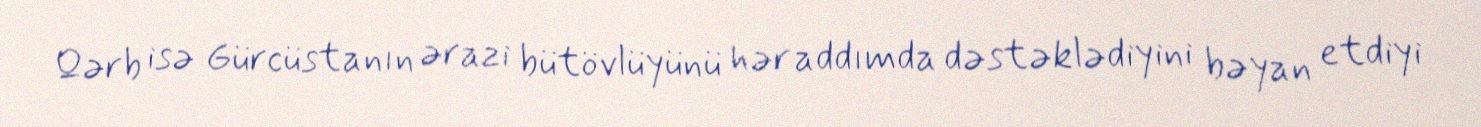
Qərb isə Gürcüstanın ərazi bütövlüyünü hər addımda dəstəklədiyini bəyan etdiyi